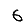
Digit: 6